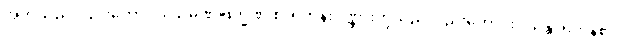
အဘသည်လည်းကောင်း။ သမဏဗြဟ္မဏ စ၊ ရဟန်းပုဏ္ဏားတို့သည်လည်းကောင်း။ သန္တိ၊ ရှိကုန်၏။